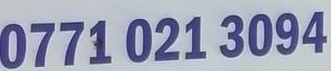
0771 021 3094